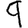
Digit: 9